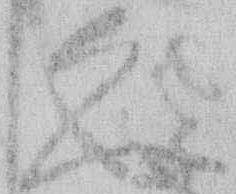
久